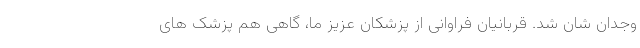
وجدان شان شد. قربانیان فراوانی از پزشکان عزیز ما، گاهی هم پزشک های